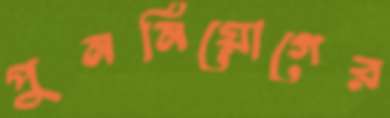
পুনর্নিয়োগের